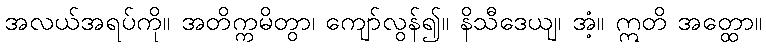
အလယ်အရပ်ကို။ အတိက္ကမိတွာ၊ ကျော်လွန်၍။ နိသီဒေယျ၊ အံ့။ ဣတိ အတ္ထော။